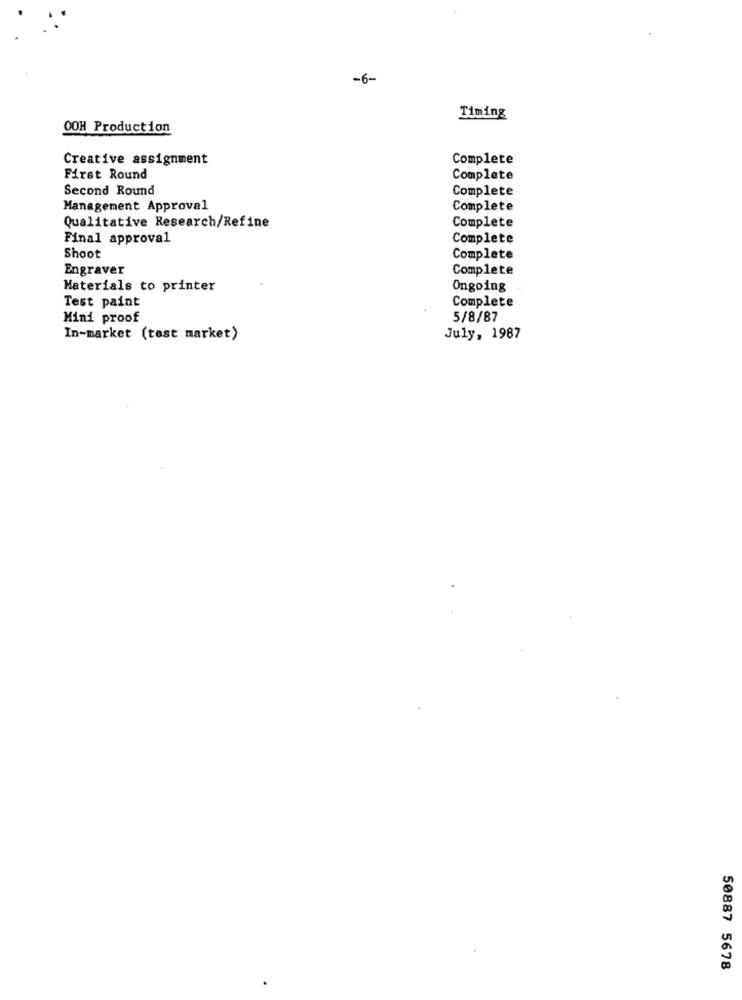
-6-
Timing
OOH Production
Creative assignment
Complete
First Round
Complete
Second Round
Complete
Management Approval
Complete
Qualitative Research/Refine
Complete
Final approval
Complete
Shoot
Complete
Engraver
Complete
Materials to printer
Ongoing
Test paint
Complete
Mini proof
5/8/87
In-market (test market)
July, 1987
50887 5678